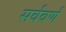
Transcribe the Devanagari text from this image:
सर्ववर्ण